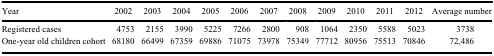
<table><thead><tr><td><b>Year</b></td><td><b>2002</b></td><td><b>2003</b></td><td><b>2004</b></td><td><b>2005</b></td><td><b>2006</b></td><td><b>2007</b></td><td><b>2008</b></td><td><b>2009</b></td><td><b>2010</b></td><td><b>2011</b></td><td><b>2012</b></td><td><b>Average number</b></td></tr></thead><tbody><tr><td>Registered cases</td><td>4753</td><td>2155</td><td>3990</td><td>5225</td><td>7266</td><td>2800</td><td>908</td><td>1064</td><td>2350</td><td>5588</td><td>5023</td><td>3738</td></tr><tr><td>One-year old children cohort</td><td>68180</td><td>66499</td><td>67359</td><td>69886</td><td>71075</td><td>73978</td><td>75349</td><td>77712</td><td>80956</td><td>75513</td><td>70846</td><td>72,486</td></tr></tbody></table>